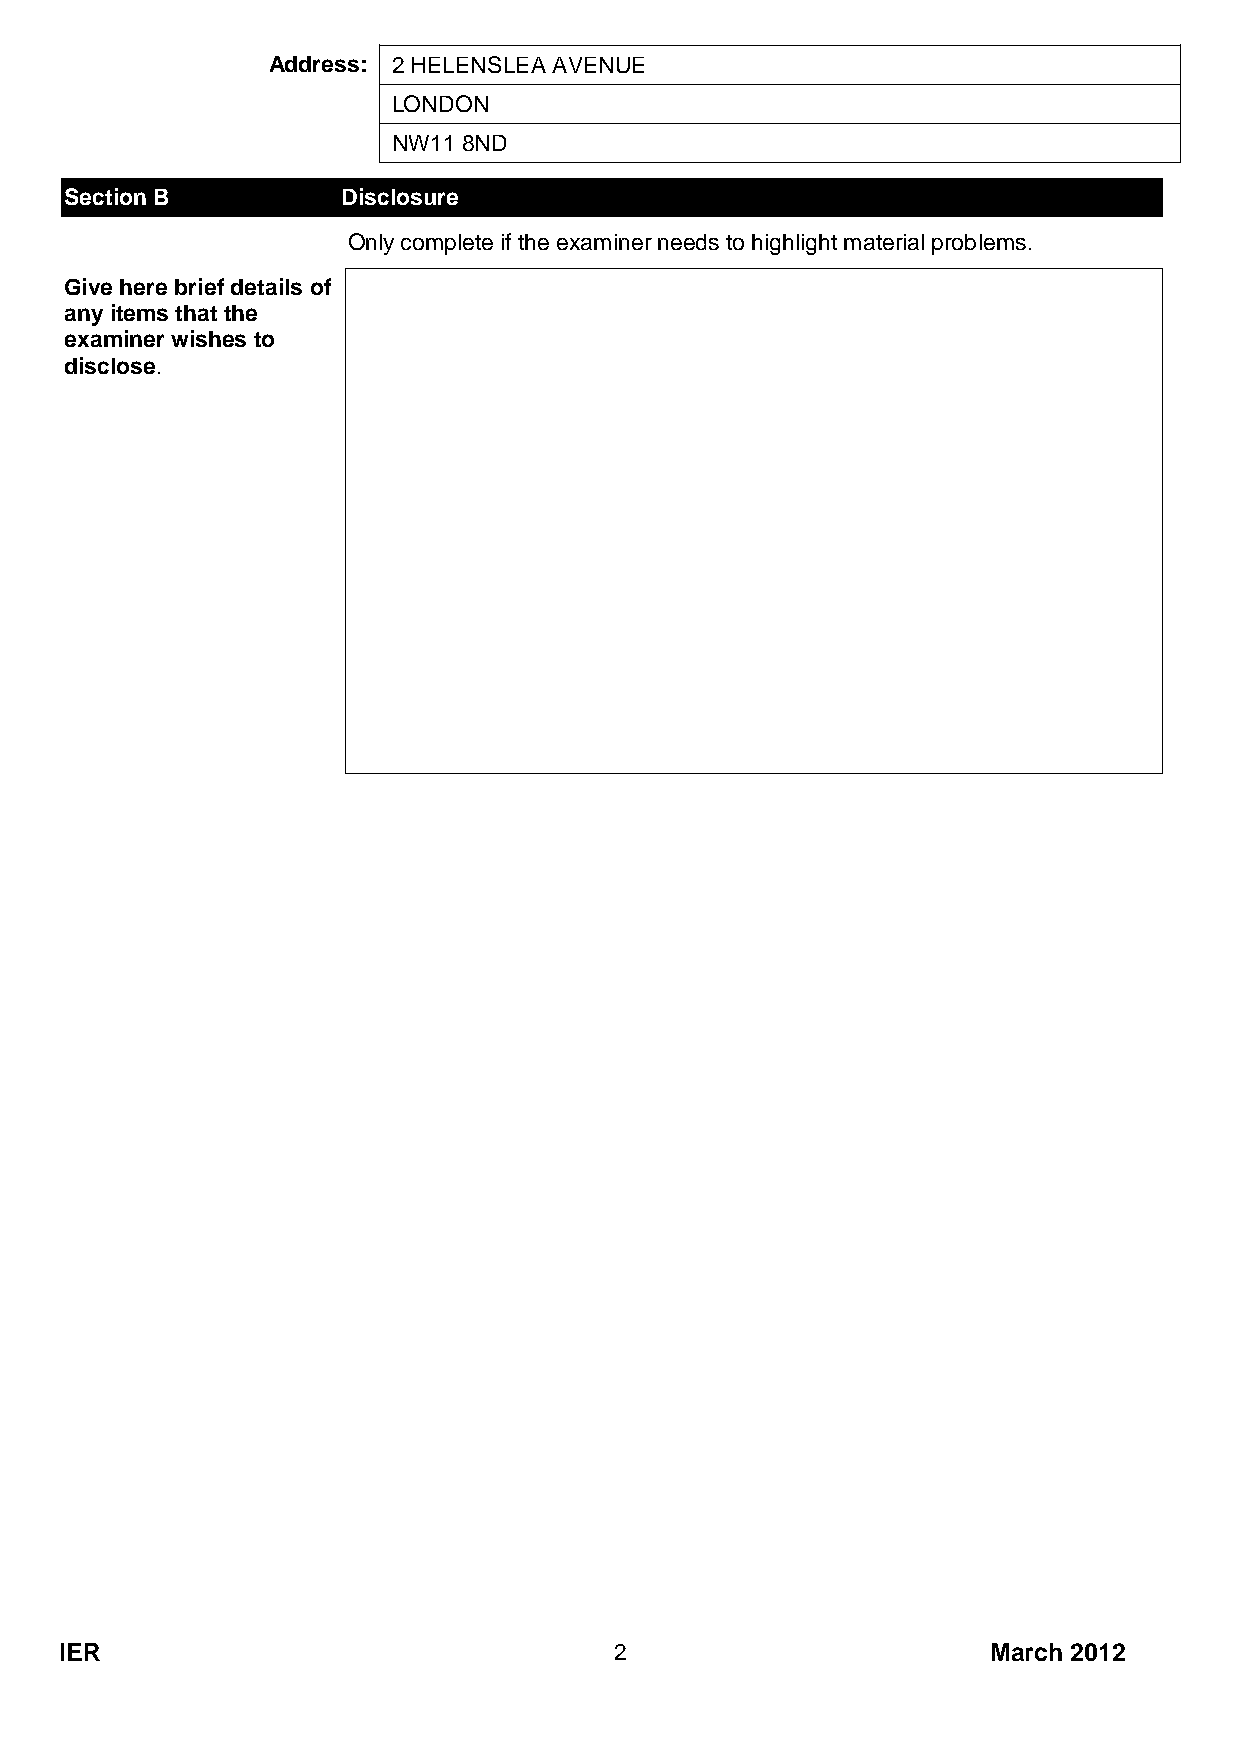
Address: 2 HELENSLEA AVENUE
 LONDON
 NW11 8ND
 Section B          Disclosure
 Only complete if the examiner needs to highlight material problems.
 Give here brief details of
 any items that the
 examiner wishes to
 disclose.
 IER                                  2                        March 2012